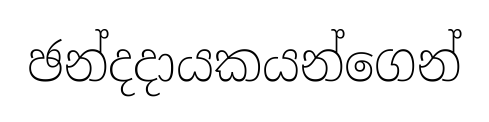
ඡන්දදායකයන්ගෙන්